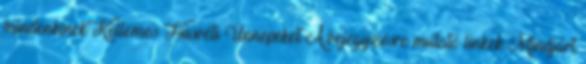
mindenkinek Kellemes Húsvéti Ünnepeket A bejegyzésre mutató linkek Mindjárt